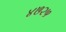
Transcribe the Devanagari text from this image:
४७२५